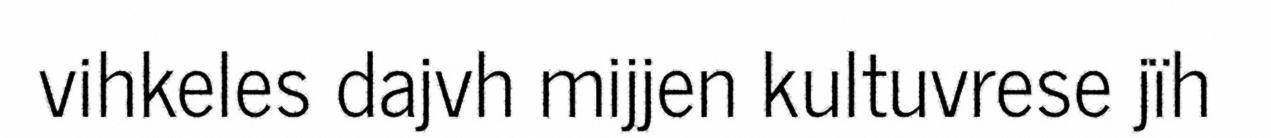
vihkeles dajvh mijjen kultuvrese jïh